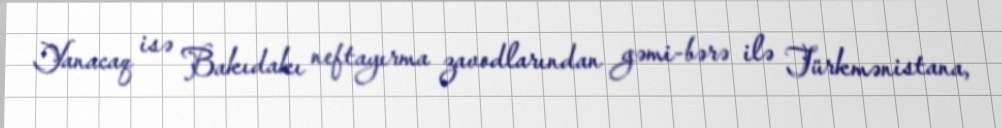
Yanacaq isə Bakıdakı neftayırma zavodlarından gəmi-bərə ilə Türkmənistana,